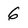
Character: 6